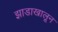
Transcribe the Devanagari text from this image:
झाडाखालून